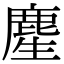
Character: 䴤